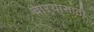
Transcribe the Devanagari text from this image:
चाऱ्यासाठी